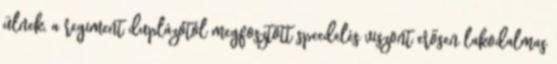
ülnek, a regiment duplázótól megfosztott speedelés viszont erősen lakodalmas